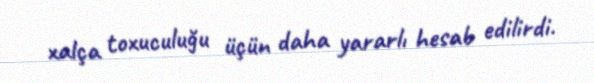
xalça toxuculuğu üçün daha yararlı hesab edilirdi.